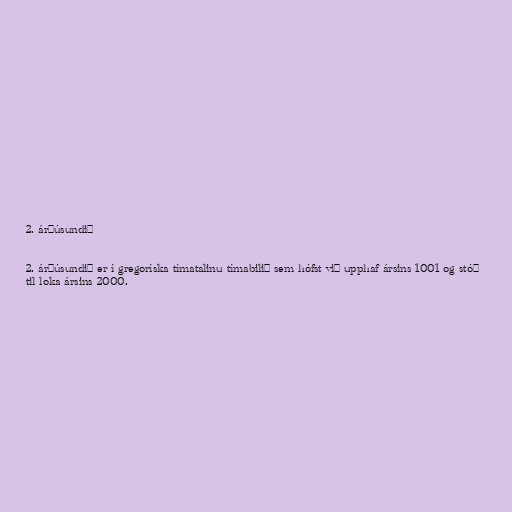
2. árþúsundið

2. árþúsundið er í gregoríska tímatalinu tímabilið sem hófst við upphaf ársins 1001 og stóð
til loka ársins 2000.